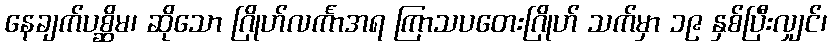
နေချက်ပစ္ဆိမ၊ ဆိုသော ဂြိုဟ်လင်္ကာအရ ကြာသပတေးဂြိုဟ် သက်မှာ ၁၉ နှစ်ပြီးလျှင်၊